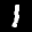
Label: 1